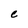
Character: C